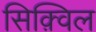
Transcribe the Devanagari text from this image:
सिक़्विल